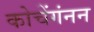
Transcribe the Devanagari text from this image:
कोचेंगंनन